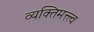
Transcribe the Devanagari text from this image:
व्यक्तिमत्त्त्व